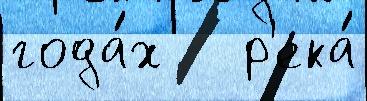
года́х   р'ека́